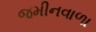
જમીનવાળા